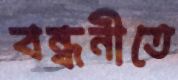
বন্ধনীতে